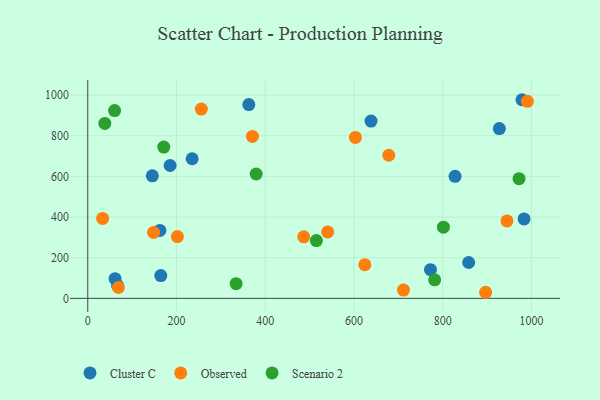
{"axis": {"x": "Investment", "y": "Exam Score"}, "legend": ["Cluster C", "Observed", "Scenario 2"], "data": [{"x": "772.5", "y": 141.2, "type": "Cluster C"}, {"x": "145.5", "y": 602.8, "type": "Cluster C"}, {"x": "638.5", "y": 872.4, "type": "Cluster C"}, {"x": "67.2", "y": 63.0, "type": "Cluster C"}, {"x": "363.0", "y": 953.1, "type": "Cluster C"}, {"x": "983.5", "y": 390.8, "type": "Cluster C"}, {"x": "185.6", "y": 653.5, "type": "Cluster C"}, {"x": "927.7", "y": 835.4, "type": "Cluster C"}, {"x": "61.5", "y": 96.6, "type": "Cluster C"}, {"x": "827.9", "y": 600.5, "type": "Cluster C"}, {"x": "235.3", "y": 686.7, "type": "Cluster C"}, {"x": "858.6", "y": 176.3, "type": "Cluster C"}, {"x": "978.8", "y": 977.2, "type": "Cluster C"}, {"x": "162.5", "y": 334.3, "type": "Cluster C"}, {"x": "164.6", "y": 112.0, "type": "Cluster C"}, {"x": "33.5", "y": 393.3, "type": "Observed"}, {"x": "896.8", "y": 29.9, "type": "Observed"}, {"x": "69.1", "y": 53.3, "type": "Observed"}, {"x": "711.7", "y": 40.9, "type": "Observed"}, {"x": "678.5", "y": 704.0, "type": "Observed"}, {"x": "624.5", "y": 165.6, "type": "Observed"}, {"x": "486.8", "y": 302.9, "type": "Observed"}, {"x": "202.1", "y": 303.8, "type": "Observed"}, {"x": "944.9", "y": 380.8, "type": "Observed"}, {"x": "255.9", "y": 931.4, "type": "Observed"}, {"x": "148.3", "y": 324.4, "type": "Observed"}, {"x": "540.9", "y": 326.9, "type": "Observed"}, {"x": "603.3", "y": 791.9, "type": "Observed"}, {"x": "990.9", "y": 969.3, "type": "Observed"}, {"x": "371.1", "y": 796.4, "type": "Observed"}, {"x": "171.3", "y": 744.3, "type": "Scenario 2"}, {"x": "379.6", "y": 611.7, "type": "Scenario 2"}, {"x": "515.3", "y": 284.4, "type": "Scenario 2"}, {"x": "60.5", "y": 923.7, "type": "Scenario 2"}, {"x": "38.4", "y": 860.6, "type": "Scenario 2"}, {"x": "334.4", "y": 72.4, "type": "Scenario 2"}, {"x": "972.1", "y": 588.7, "type": "Scenario 2"}, {"x": "801.7", "y": 350.4, "type": "Scenario 2"}, {"x": "781.9", "y": 91.3, "type": "Scenario 2"}]}